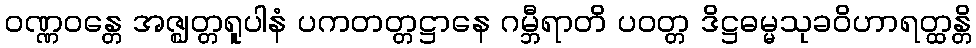
ဝဏ္ဏဝန္တေ အဇ္ဈတ္တရူပါနံ ပကတတ္တဋ္ဌာနေ ဂမ္ဘီရာတိ ပဝတ္တ ဒိဋ္ဌဓမ္မသုခဝိဟာရတ္ထန္တိ